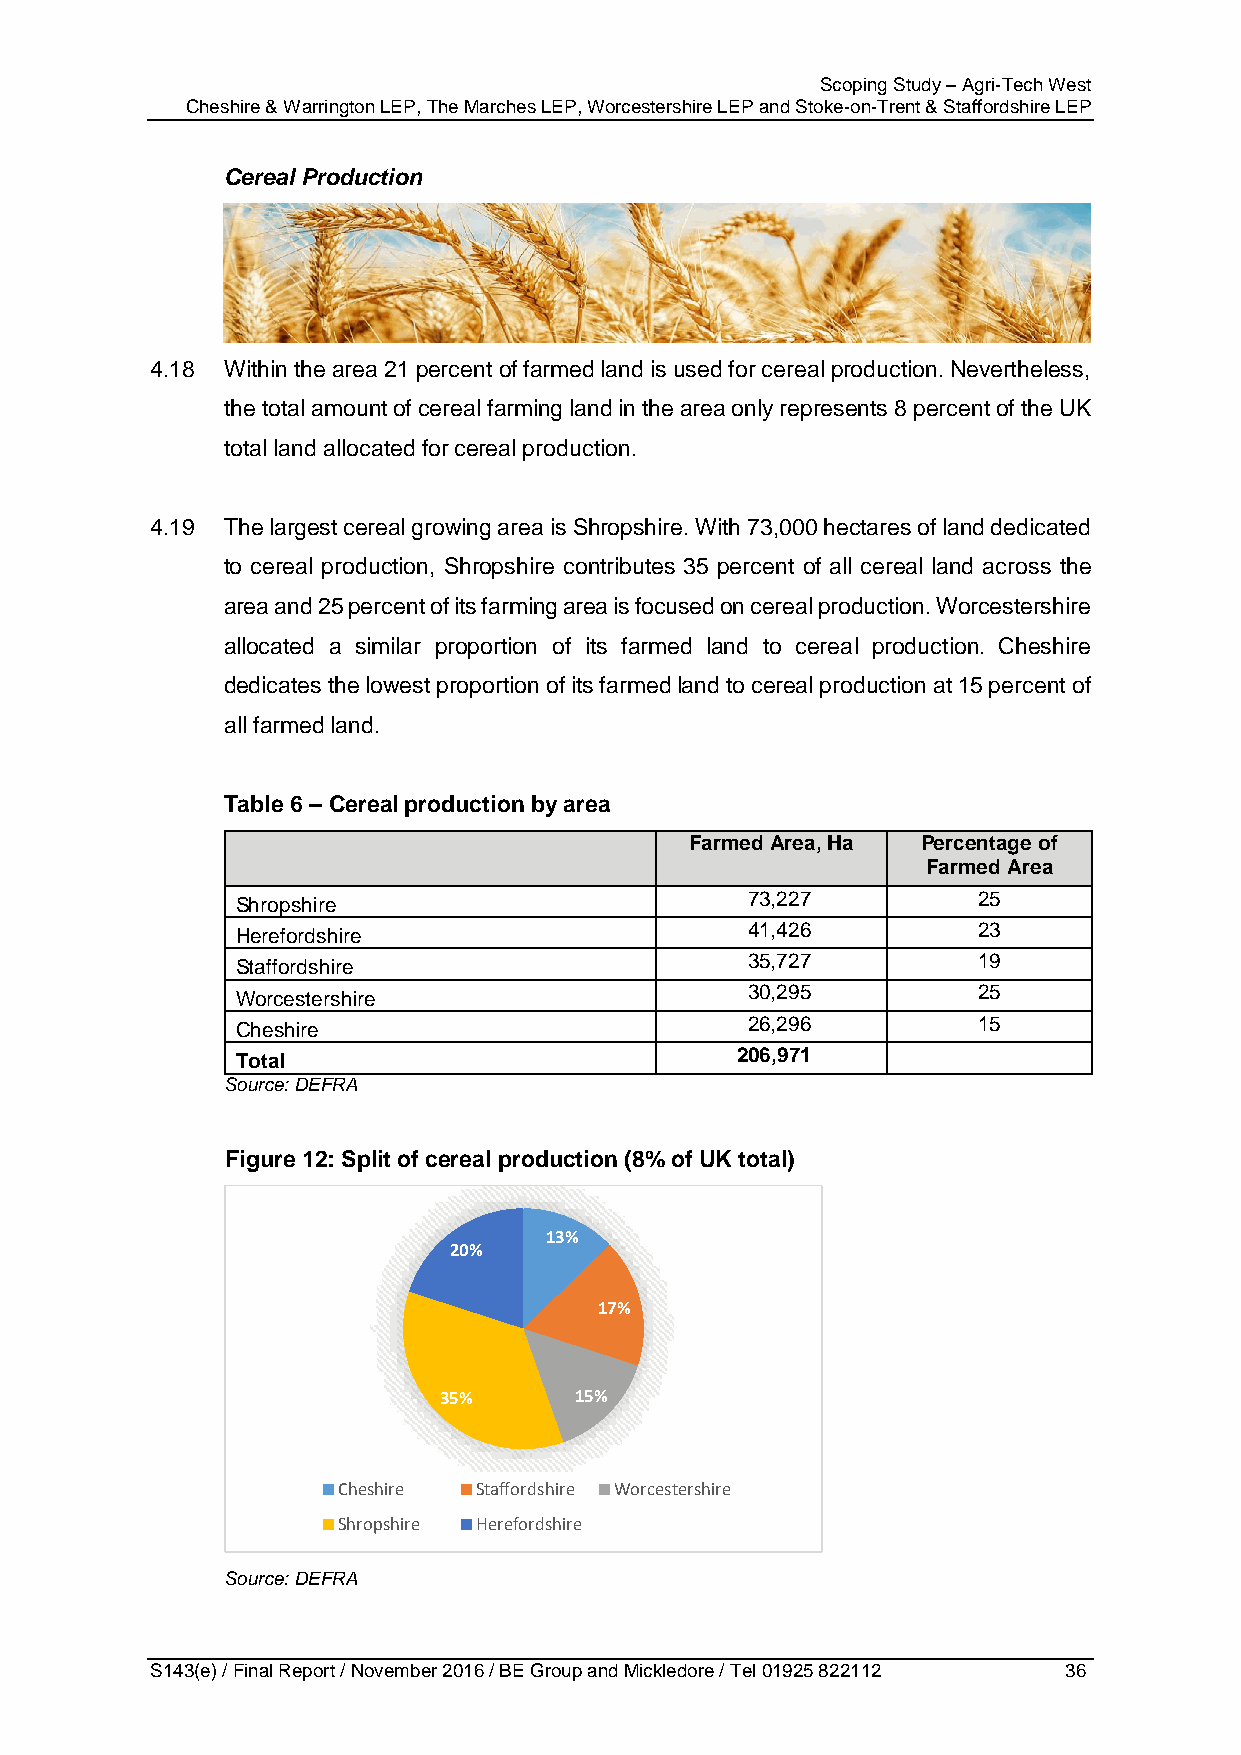
Scoping Study – Agri-Tech West
 Cheshire & Warrington LEP, The Marches LEP, Worcestershire LEP and Stoke-on-Trent & Staffordshire LEP
 Cereal Production
 4.18 Within the area 21 percent of farmed land is used for cereal production. Nevertheless,
 the total amount of cereal farming land in the area only represents 8 percent of the UK
 total land allocated for cereal production.
 4.19 The largest cereal growing area is Shropshire. With 73,000 hectares of land dedicated
 to cereal production, Shropshire contributes 35 percent of all cereal land across the
 area and 25 percent of its farming area is focused on cereal production. Worcestershire
 allocated a similar proportion of its farmed land to cereal production. Cheshire
 dedicates the lowest proportion of its farmed land to cereal production at 15 percent of
 all farmed land.
 Table 6 – Cereal production by area
 Farmed Area, Ha Percentage of
 Farmed Area
 Shropshire                       73,227          25
 Herefordshire                    41,426          23
 Staffordshire                    35,727          19
 Worcestershire                   30,295          25
 Cheshire                         26,296          15
 Total                            206,971
 Source: DEFRA
 Figure 12: Split of cereal production (8% of UK total)
 13%
 20%
 17%
 35%      15%
 Cheshire Staffordshire Worcestershire
 Shropshire Herefordshire
 Source: DEFRA
 S143(e) / Final Report / November 2016 / BE Group and Mickledore / Tel 01925 822112 36